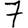
Digit: 7